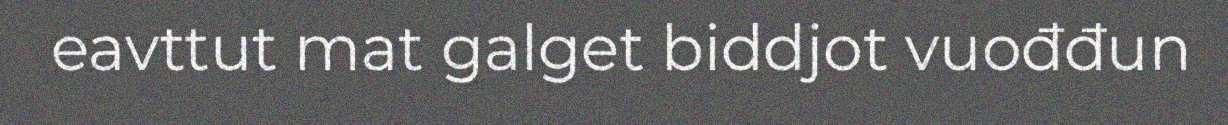
eavttut mat galget biddjot vuođđun